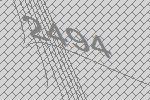
2494